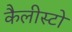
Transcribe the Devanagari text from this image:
कैलीस्टो